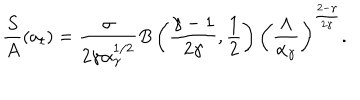
\frac { S } { A } ( a _ { t } ) = \frac { \sigma } { 2 \gamma \alpha _ { \gamma } ^ { 1 / 2 } } B \left( \frac { \gamma - 1 } { 2 \gamma } , \frac { 1 } { 2 } \right) \left( \frac { \Lambda } { \alpha _ { \gamma } } \right) ^ { \frac { 2 - \gamma } { 2 \gamma } } .